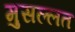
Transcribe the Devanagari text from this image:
मुसल्लत